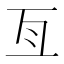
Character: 亙